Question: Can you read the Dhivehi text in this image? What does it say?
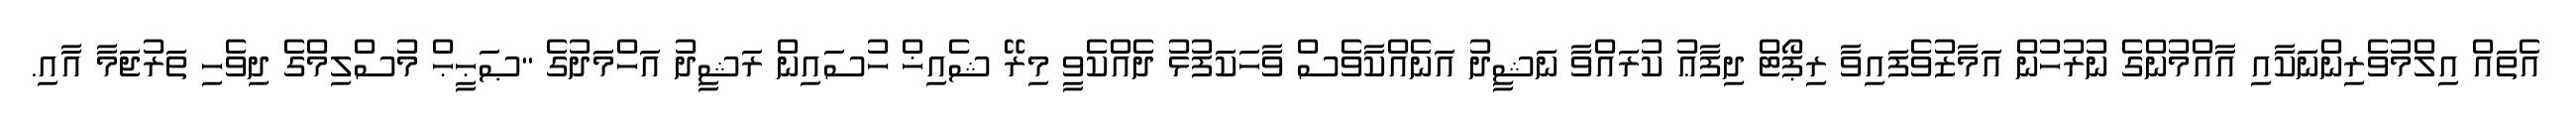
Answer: އެތައް އިލްމުވެރިންނަކާއި އާއްމުންގެ ނުރުހުން އަމާޒުވެފައިވާ ރިޕޯޓް ދިފާޢު ކުރައްވާ ނަޝީދު އަނެއްކާވެސް ވާހަކަފުޅު ދެއްކެވީ މިރޭ ޝެއިޚް ހުސައިން ރަޝީދު އަހްމަދުގެ "ޞަޙީޙް މުސްލިމްގެ ދިވެހި ތަރުޖަމާ އާއި.